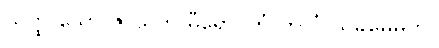
ယတ္ထ သော ဇာယတိ ဓီရော၊ တံ ကုလံ သုခမေဓတိ။